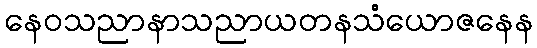
နေဝသညာနာသညာယတနသံယောဇနေန